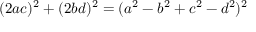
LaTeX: ( 2 a c ) ^ { 2 } + ( 2 b d ) ^ { 2 } = ( a ^ { 2 } - b ^ { 2 } + c ^ { 2 } - d ^ { 2 } ) ^ { 2 }